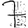
Digit: 7